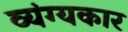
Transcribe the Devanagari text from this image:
व्‍यंग्‍यकार